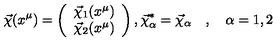
\vec { \chi } ( x ^ { \mu } ) = \left( \begin{array} { c } { \vec { \chi } _ { 1 } ( x ^ { \mu } ) } \\ { \vec { \chi } _ { 2 } ( x ^ { \mu } ) } \\ \end{array} \right) , \vec { \chi } _ { \alpha } ^ { * } = \vec { \chi } _ { \alpha } \quad , \quad \alpha = 1 , 2